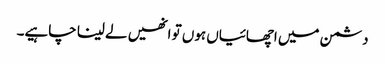
دشمن میں اچھائیاں ہوں تو انھیں لے لینا چاہیے۔